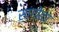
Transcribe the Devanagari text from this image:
सांगोळा